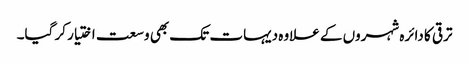
ترقی کا دائرہ شہروں کے علاوہ دیہات تک بھی وسعت اختیار کر گیا۔